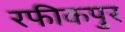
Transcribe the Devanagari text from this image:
रफीकपुर